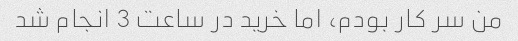
من سر کار بودم، اما خرید در ساعت 3 انجام شد